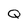
Character: Q